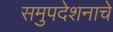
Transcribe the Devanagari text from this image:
समुपदेशनाचे